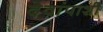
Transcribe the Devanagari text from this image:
देवांपाशी